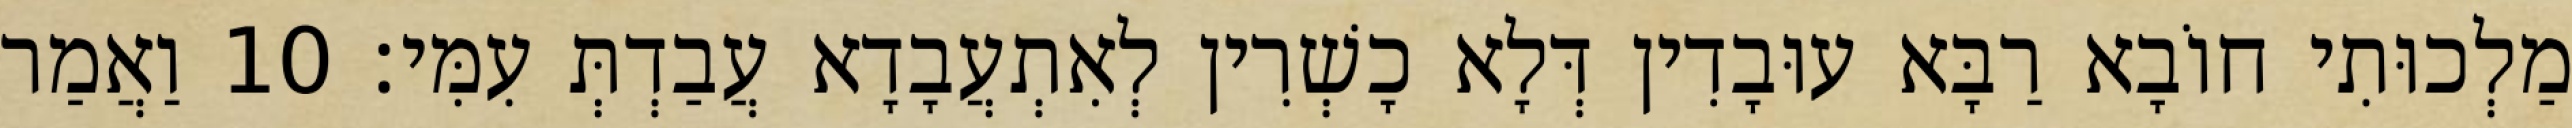
מַלְכוּתִי חוֹבָא רַבָּא עוּבָדִין דְּלָא כָשְׁרִין לְאִתְעֲבָדָא עֲבַדְתְּ עִמִּי׃ 10 וַאֲמַר